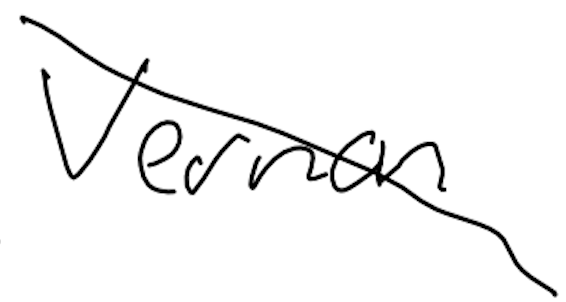
Text: Vernon
Cross-out: diagonal
Writing tool: digital_black